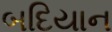
બદિયાન